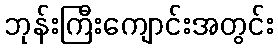
ဘုန်းကြီးကျောင်းအတွင်း